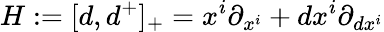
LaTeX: H:=[d,d^{+}]_{+}=x^{i}\partial_{x^{i}}+dx^{i}\partial_{dx^{i}}